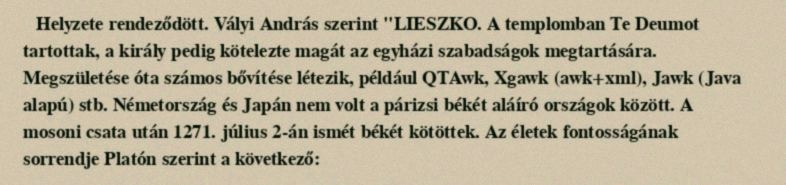
Helyzete rendeződött. Vályi András szerint "LIESZKO. A templomban Te Deumot tartottak, a király pedig kötelezte magát az egyházi szabadságok megtartására. Megszületése óta számos bővítése létezik, például QTAwk, Xgawk (awk+xml), Jawk (Java alapú) stb. Németország és Japán nem volt a párizsi békét aláíró országok között. A mosoni csata után 1271. július 2-án ismét békét kötöttek. Az életek fontosságának sorrendje Platón szerint a következő: